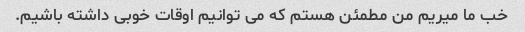
خب ما میریم من مطمئن هستم که می توانیم اوقات خوبی داشته باشیم.